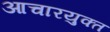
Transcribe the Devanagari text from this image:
आचारयुक्त